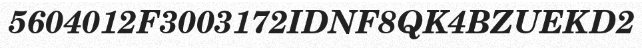
5604012F3003172IDNF8QK4BZUEKD2